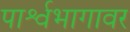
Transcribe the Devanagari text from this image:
पार्श्वभागावर